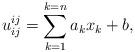
LaTeX: \begin{align*} u^{ij}_{ij} = \sum_{k=1}^{k=n} a_{k}x_{k}+b,\end{align*}